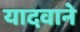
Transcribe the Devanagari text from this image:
यादवाने